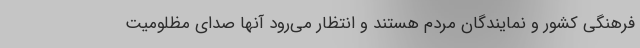
فرهنگی کشور و نمایندگان مردم هستند و انتظار می‌رود آنها صدای مظلومیت